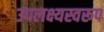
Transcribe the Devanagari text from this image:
उपलक्ष्यस्वरूप